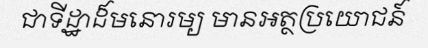
ជាទីដ្ឋាដ៏មនោរម្យ មានអត្ថប្រយោជន៍